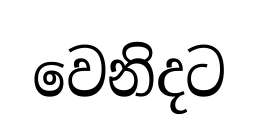
වෙනිදට